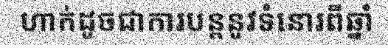
ហាក់ដូចជាការបន្តនូវទំនោរពីឆ្នាំ